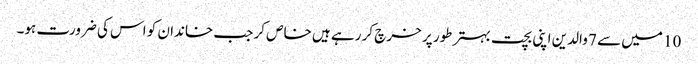
10 میں سے 7 والدین اپنی بچت بہتر طور پر خرچ کر رہے ہیں خاص کر جب خاندان کو اس کی ضرورت ہو۔